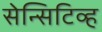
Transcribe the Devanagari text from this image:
सेन्सिटिव्ह